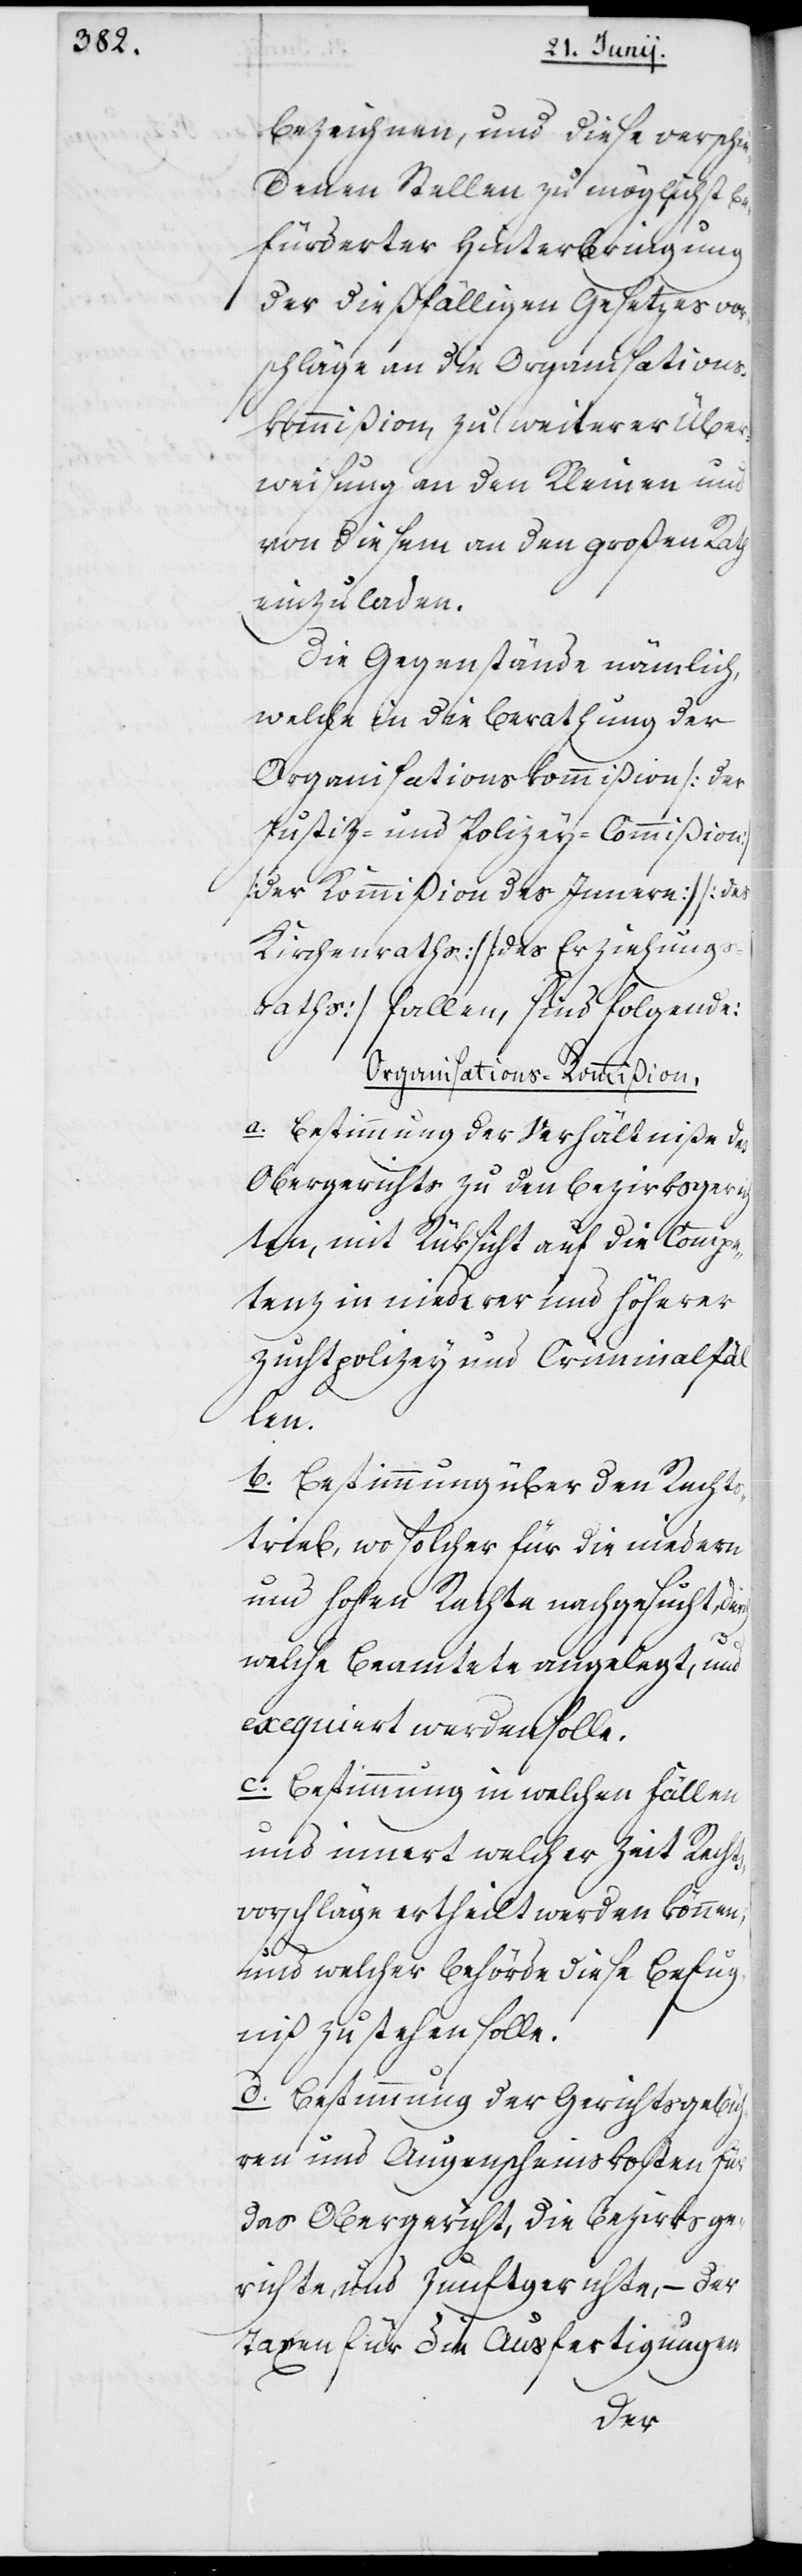
bezeichnen, und diese verschie¬
denen Stellen zu möglichst be¬
fürderter Hinterbringung
der dießfälligen Gesetzesvor¬
schläge an die Organisations¬
kommißion zu weiterer Über¬
weisung an den Kleinen und
von diesem an den Großen Rath
einzuladen.
Die Gegenstände nämlich,
welche in die Berathung der
Organisationskommißion / der
Justiz- und Polizey-Commißion
der Kommißion des Innern / des
Kirchenraths / des Erziehungs¬
raths / fallen, sind folgende:
Organisations-Kommißion.
a. Bestimmung der Verhältniße des
Obergerichts zu den Bezirksgerich¬
ten, mit Rüksicht auf die Compe¬
tenz in niederer und höherer
Zuchtpolizey und Criminalfä¬
llen.
b. Bestimmung über den Rechts¬
trieb, wo solcher für die niederen
und hohen Rechte nachgesucht,
welche Beamtete angelegt, und
exequiert werden solle.
c. Bestimmung in welchen Fällen
und innert welcher Zeit Rechts¬
vorschläge ertheilt werden können,
und welcher Behörde diese Befug¬
niß zustehen solle.
d. Bestimmung der Gerichtsgebüh¬
ren und Augenscheinskosten für
das Obergericht, die Bezirksge¬
richte, und Zunftgerichte, – der
Taxen für die Ausfertigungen